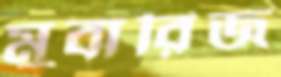
মুবারিজ